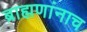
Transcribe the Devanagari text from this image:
ब्राह्मणांनाच